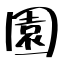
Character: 園